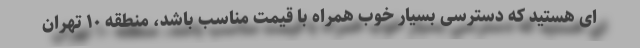
ای هستید که دسترسی بسیار خوب همراه با قیمت مناسب باشد، منطقه ۱۰ تهران